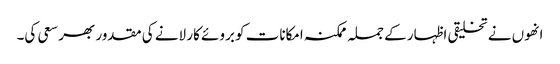
انھوں نے تخلیقی اظہار کے جملہ ممکنہ امکانات کو بروئے کار لانے کی مقدور بھر سعی کی۔